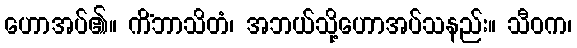
ဟောအပ်၏။ ကိံဘာသိတံ၊ အဘယ်သို့ဟောအပ်သနည်း။ သီဝက၊